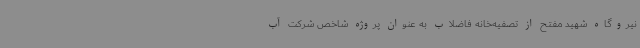
نیروگاه شهید مفتح از تصفیه‌خانه فاضلاب به عنوان پروژه شاخص شرکت آب